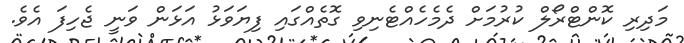
މަދިރި ކޮންޓްރޯލް ކުރުމަށް ދެމެހެއްޓެނިވި ގޮތެއްގައި ފިޔަވަޅު އަޅަން ވަނީ ޖެހިފަ އެވެ.